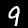
Label: 9